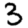
Digit: 3